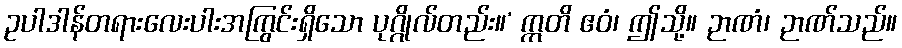
ဥပါဒါန်တရားလေးပါးအကြွင်းရှိသော ပုဂ္ဂိုလ်တည်း။’ ဣတိ ဧဝံ၊ ဤသို့။ ဉာဏံ၊ ဉာဏ်သည်။